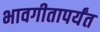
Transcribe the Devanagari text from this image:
भावगीतापर्यंत